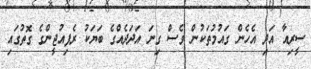
ސީރިއާ އަދި އެހެން ގައުމުތަކުން ވެސް ގިނަ އަދަދެއްގެ ބަޔަކު ރެފިއުޖީންގެ ގޮތުގައި